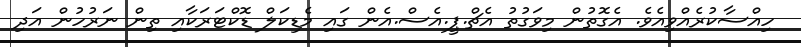
ހިއްސާކުރެއްވިއެވެ. އެގޮތުން މިވަގުތު އެޗް.ޕީ.އެސް.އެން ގައި މެޑިކަލް ޑޮކްޓަރަކާއި ތިން ނަރުހުން އަދި